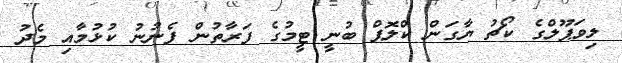
ލިވަޕޫލްގެ ކޯޗު ޔާގަން ކްލޮޕް ބުނީ ޓީމުގެ ފަރާތުން ފެނުނު ކުޅުމާއި މެދު